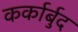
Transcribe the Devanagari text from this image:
कर्कार्बुद